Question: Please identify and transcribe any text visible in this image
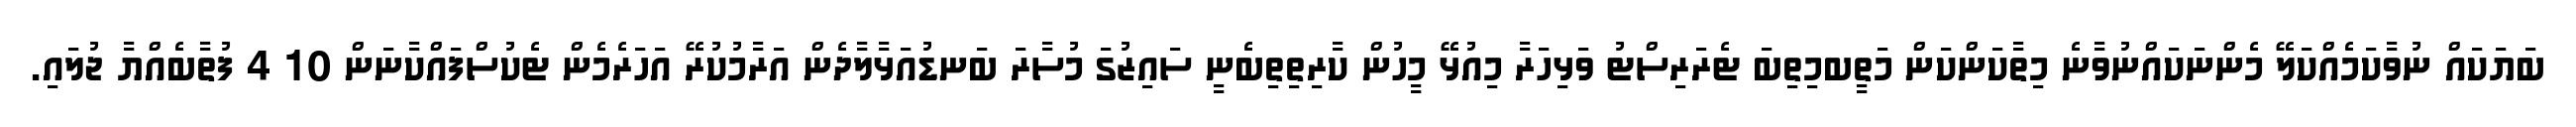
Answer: ބަޔަކައް ނުވާކަމެއްކަލޭ މެންނަކައްނުވާނެ މިތާކަންކަން މަތީބމިތިބަ ޓެރަރިސްޓު ވަޅިހަރާ މިއުޅޭ މީހުން ކާރިތިތިބެނީ ސައިޒުގަ މުސާރަ ބަނޑުއަޅާލާދެން އަރާމުކުރޭ އަހަރެމެން ޓެކުސްފައްކާނަން 10 4 ފުތާބެއްޔާ ޖުލައި.